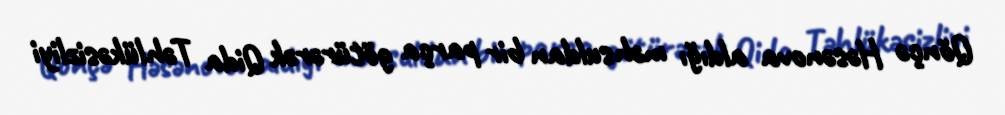
Qönçə Həsənova aldığı məhsuldan bir parça götürərək Qida Təhlükəsizliyi